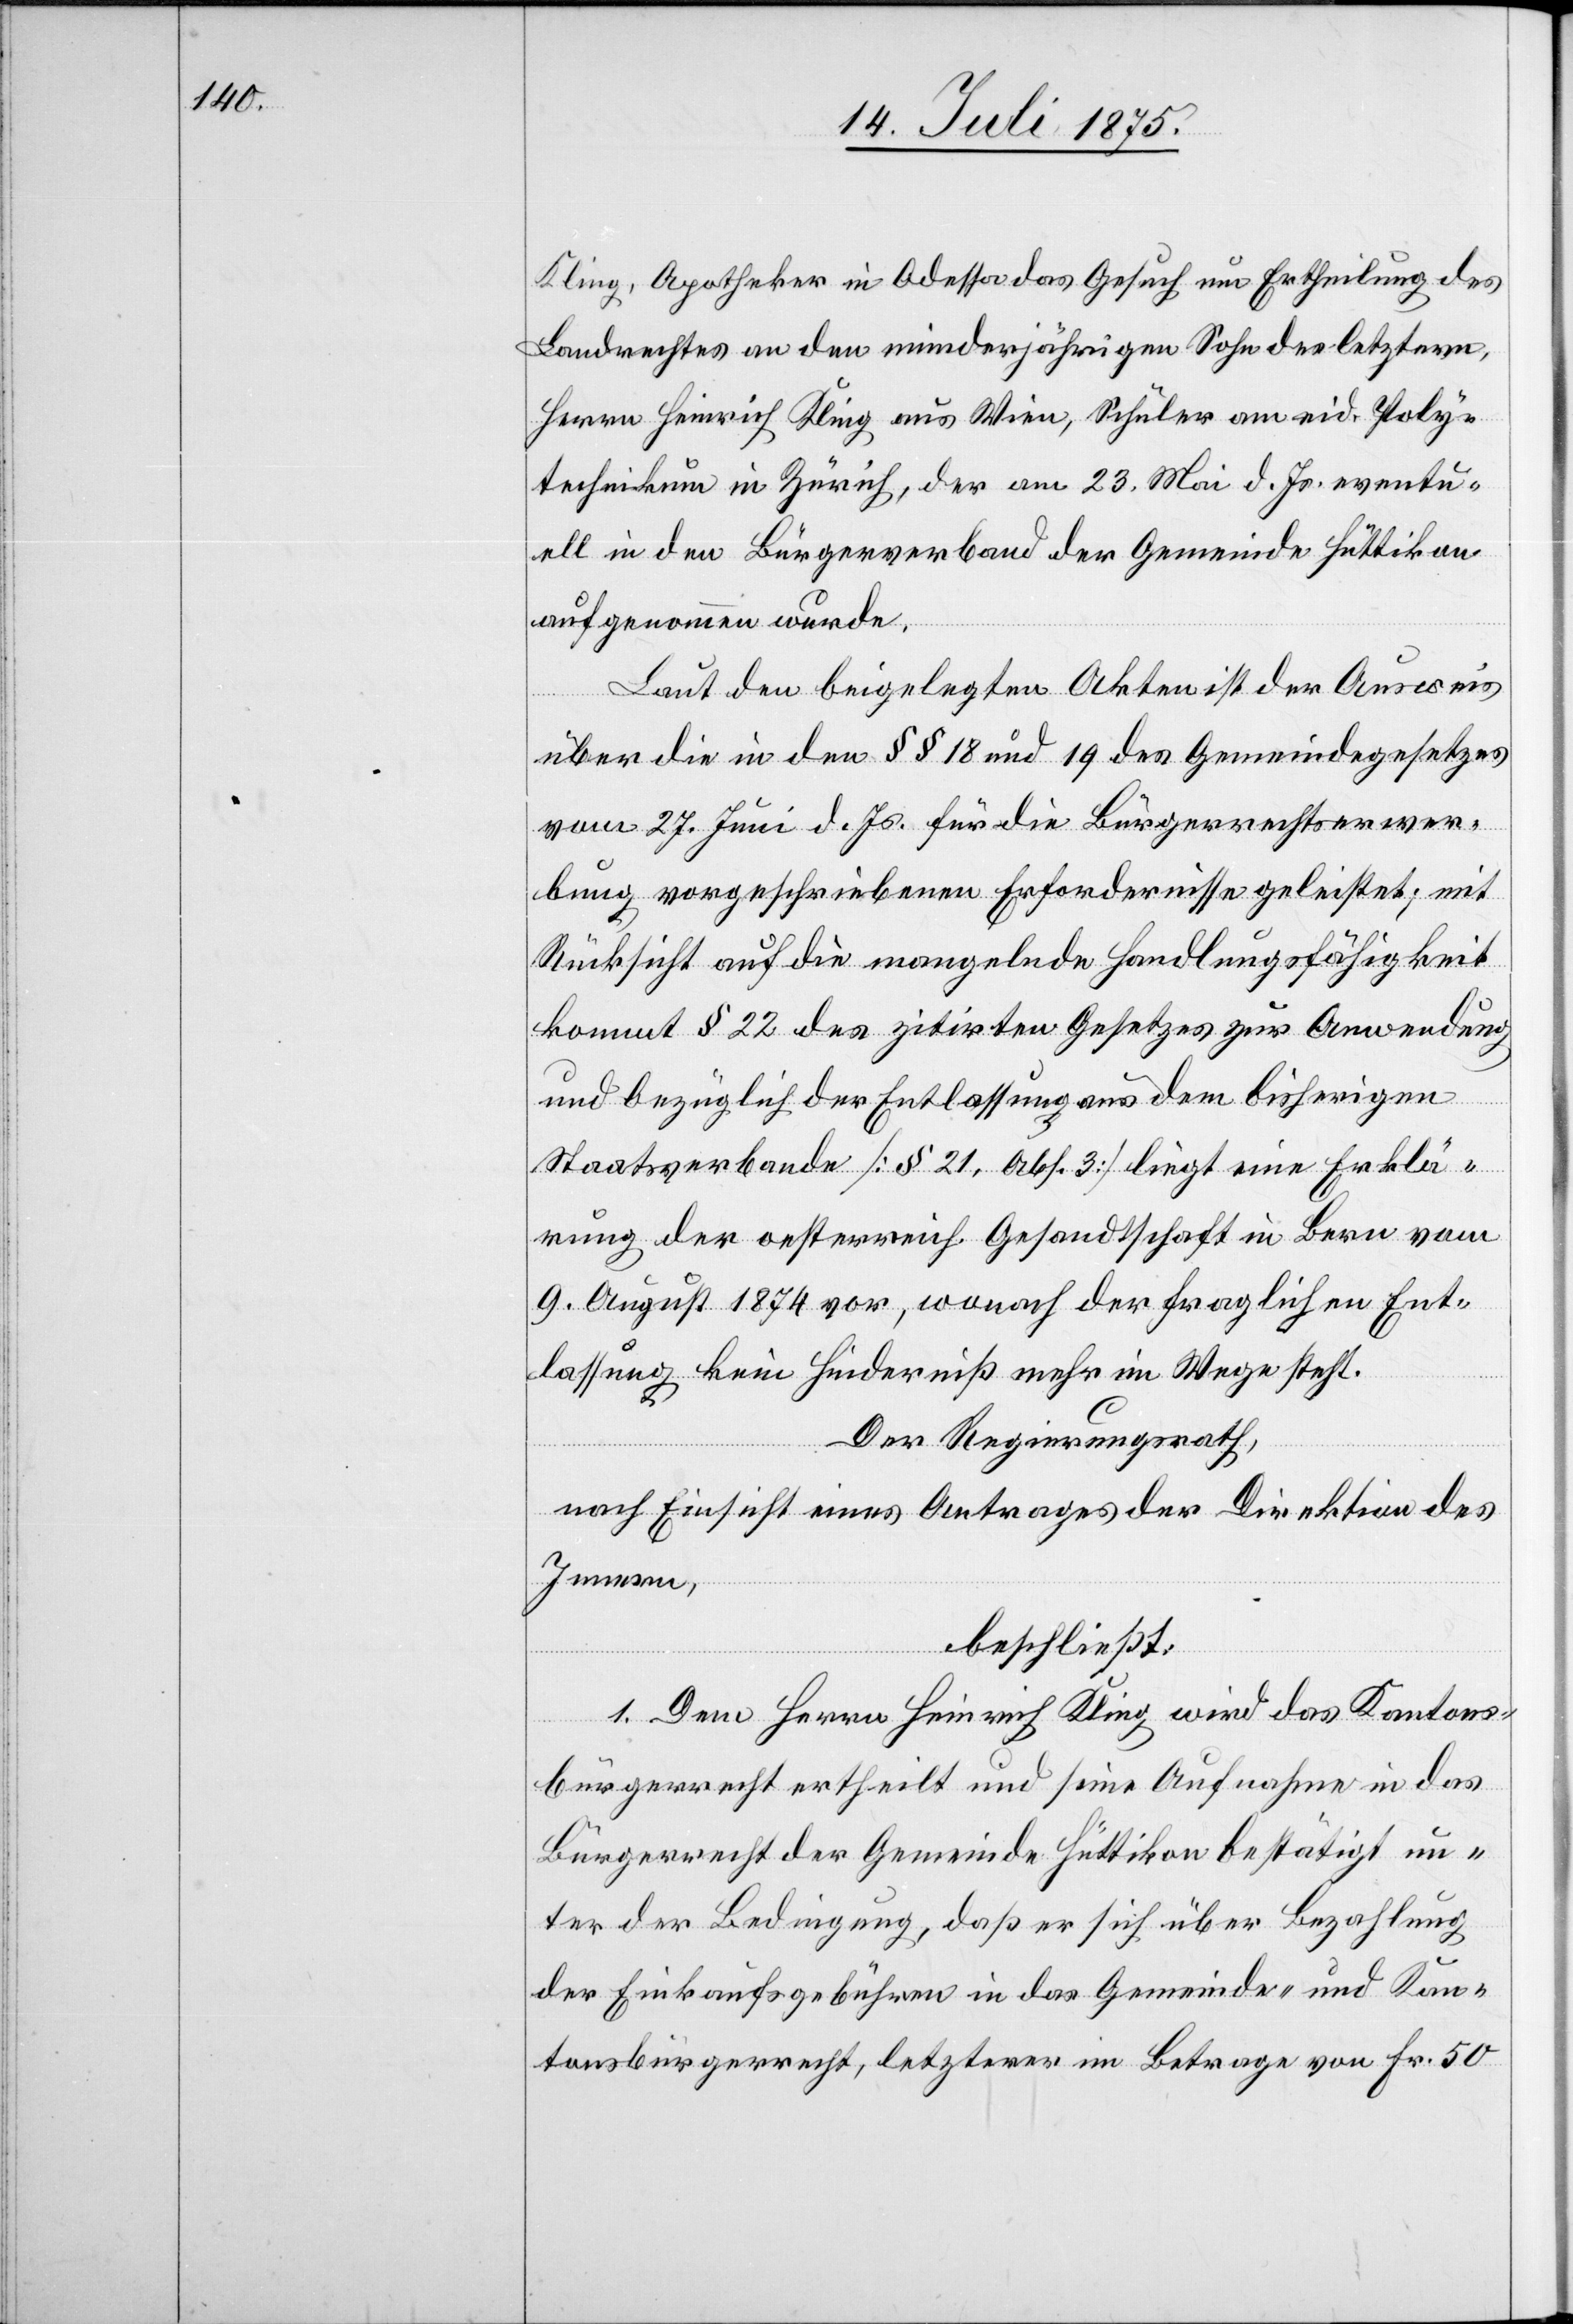
Kling, Apotheker in Odessa das Gesuch um Ertheilung des
Landrechtes an den minderjährigen Sohn des letztern
Herrn Heinrich Kling aus Wien, Schüler am eid. Poly¬
technikum in Zürich, der am 23. Mai d. Js. eventu¬
ell in den Bürgerverband der Gemeinde Hüttikon
aufgenommen wurde.
Laut den beigelegten Akten ist der Ausweis
über die in den §§ 18 und 19 des Gemeindegesetzes
vom 27. Juni d. Js. für die Bürgerrechtserwer¬
bung vorgeschriebenen Erfordernisse geleistet; mit
Rücksicht auf die mangelnde Handlungsfähigkeit
kommt § 22 des zitirten Gesetzes zur Anwendung
und bezüglich der Entlassung aus dem bisherigen
Staatsverbande [§ 21 Abs. 3] liegt eine Erklä¬
rung der oesterreich. Gesandtschaft in Bern vom
9. August 1874 vor, wonach der fraglichen Ent¬
lassung kein Hinderniss mehr im Wege steht.
Der Regierungsrath,
nach Einsicht eines Antrages der Direktion des
Innern,
beschließt:
1. Dem Herrn Heinrich Kling wird das Kantons¬
bürgerrecht ertheilt und seine Aufnahme in das
Bürgerrecht der Gemeinde Hüttikon bestätigt un¬
ter der Bedingung, daß er sich über Bezahlung
der Einkaufsgebühren in das Gemeinde- und Kan¬
tonsbürgerrecht, letzterer im Betrage von Fr. 50